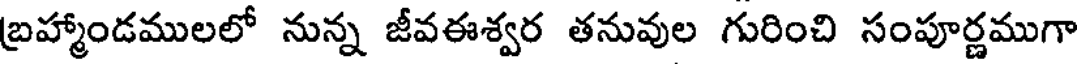
బ్రహ్మాండములలో నున్న జీవఈశ్వర తనువుల గురించి సంపూర్ణముగా